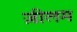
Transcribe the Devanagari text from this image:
ज़ीलम